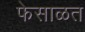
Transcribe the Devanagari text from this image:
फेसाळत